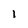
Character: l